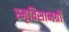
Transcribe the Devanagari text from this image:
स्मृतिसामग्री